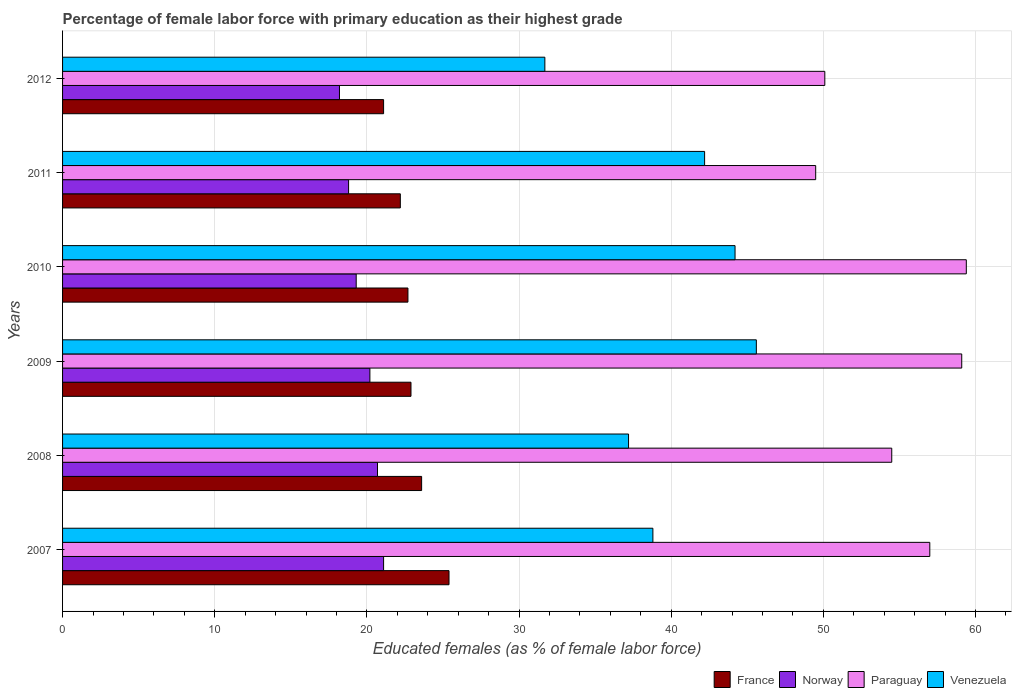
| Years | France | Norway | Paraguay | Venezuela |
 | --- | --- | --- | --- | --- |
 | 2007 | 25.4 | 21.1 | 57 | 38.8 |
 | 2008 | 23.6 | 20.7 | 54.5 | 37.2 |
 | 2009 | 22.9 | 20.2 | 59.1 | 45.6 |
 | 2010 | 22.7 | 19.3 | 59.4 | 44.2 |
 | 2011 | 22.2 | 18.8 | 49.5 | 42.2 |
 | 2012 | 21.1 | 18.2 | 50.1 | 31.7 |